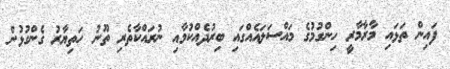
ފައިން ތަޅައި މާރާމާރީ ހިންގުމުގެ މައްސަލައެއްގައި ބިރުދެއްކުމާއި ނުރައްކާތެރި ތޫނު ހަތިޔާރު ގެންގުޅުން